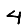
Digit: 4